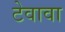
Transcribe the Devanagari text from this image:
टेवावा